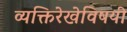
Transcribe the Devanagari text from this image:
व्यक्तिरेखेविषयी